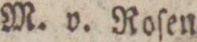
M. v. Roſen.